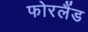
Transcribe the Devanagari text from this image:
फोरलैंड